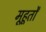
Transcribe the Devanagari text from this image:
मूहूर्तों